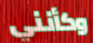
وكأنني